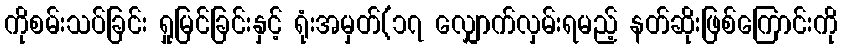
ကိုစမ်းသပ်ခြင်း ရှုမြင်ခြင်းနှင့် ရုံးအမှတ်(၁၇ လျှောက်လှမ်းရမည့် နတ်ဆိုးဖြစ်ကြောင်းကို